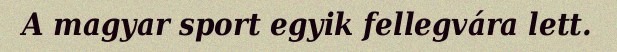
A magyar sport egyik fellegvára lett.